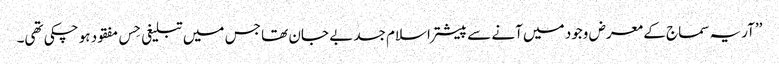
’’آریہ سماج کے معرض وجود میں آنے سے پیشتر اسلام جسد بے جان تھا جس میں تبلیغی حِس مفقود ہو چکی تھی۔